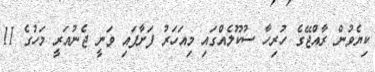
ކިޔެވުން ރާއްޖޭގެ ހުރިހާ ސުކޫލެއްގައި މިއަހަރު ފަށާފައި ވަނީ ޖެނުއަރީ މަހުގެ 11